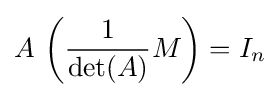
A\,\left({\frac {1}{\det(A)}}M\right)=I_{n}